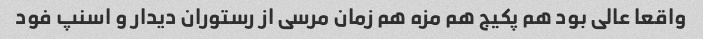
واقعا عالی بود هم پکیج هم مزه هم زمان مرسی از رستوران دیدار و اسنپ فود